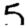
Digit: 5